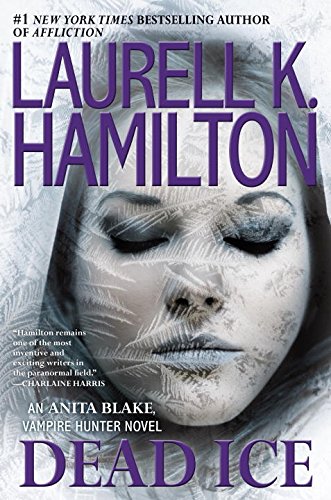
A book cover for Dead Ice: An Anita Blake, Vampire Hunter Novel; Laurell K. Hamilton; Science Fiction & Fantasy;